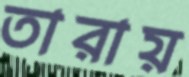
তারায়